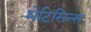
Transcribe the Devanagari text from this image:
मेटिसिन्स